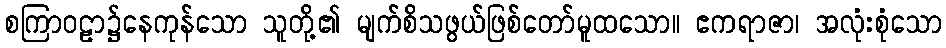
စကြာဝဠာ၌နေကုန်သော သူတို့၏ မျက်စိသဖွယ်ဖြစ်တော်မူထသော။ ဧကရာဇာ၊ အလုံးစုံသော